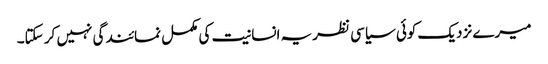
میرے نزدیک کوئی سیاسی نظریہ انسانیت کی مکمل نمائندگی نہیں کر سکتا۔